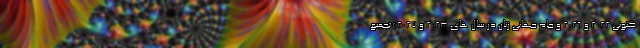
کنونی 2022 و 2026 و جام جهانی زنان در سال های 2023 و 2027 ) تجمیع